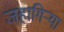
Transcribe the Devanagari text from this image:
जहागिऱ्या